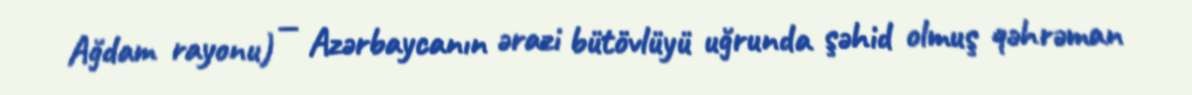
Ağdam rayonu) — Azərbaycanın ərazi bütövlüyü uğrunda şəhid olmuş qəhrəman